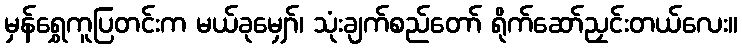
မှန်ရွှေကူပြတင်းက မယ်ခုမျှော်၊ သုံးချက်စည်တော် ရိုက်ဆော်ညှင်းတယ်လေး။